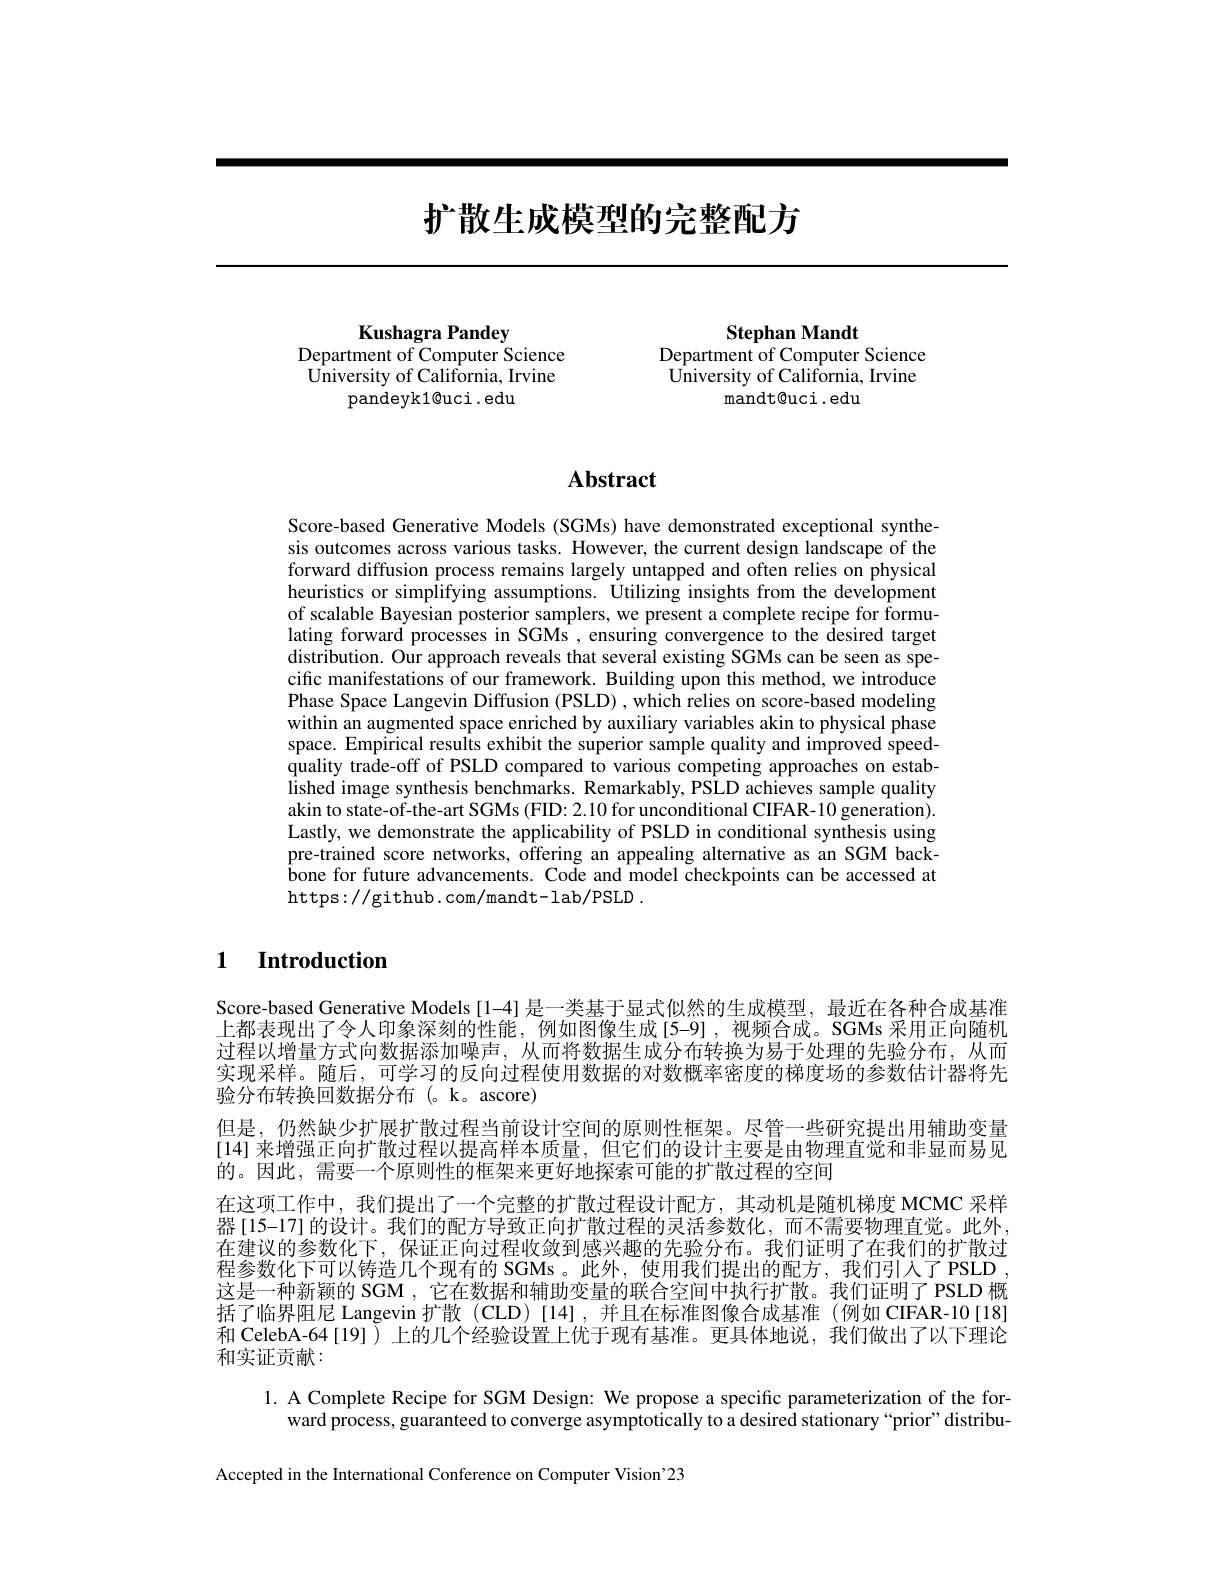
# 扩散生成模型的完整配方

Kushagra Pandey
Department of Computer Science $\hat{\text{University of California, Irvine}}$
pandeyk1@uci.edu

Stephan Mandt
Department of Computer Science $\hat{\text{University of California, Irvine}}$
mandt@uci .edu

## $\mathbf{Abstract}$

Score-based Generative Models (SGMs) have demonstrated exceptional synthesis outcomes across various tasks. However, the current design landscape of the forward diffusion process remains largely untapped and often relies on physical heuristics or simplifying assumptions. Utilizing insights from the development of scalable Bayesian posterior samplers, we present a complete recipe for formulating forward processes in SGMs , ensuring convergence to the desired target distribution. Our approach reveals that several existing SGMs can be seen as specific manifestations of our framework. Building upon this method, we introduce Phase Space Langevin Diffusion (PSLD) , which relies on score-based modeling within an augmented space enriched by auxiliary variables akin to physical phase space. Empirical results exhibit the superior sample quality and improved speed- $\hat{\text{quality trade-off of PSLD compared to various competing approaches on estab-}}$ lished image synthesis benchmarks. Remarkably, PSLD achieves sample quality akin to state-of-the-art SGMs (FID: 2.10 for unconditional CIFAR-10 generation). Lastly, we demonstrate the applicability of PSLD in conditional synthesis using pre-trained score networks, offering an appealing alternative as an SGM backbone for future advancements. Code and model checkpoints can be accessed at https://github.com/mandt-lab/PSLD~.

## 1 Introduction

Score-based Generative Models[1-4]是一类基于显式似然的生成模型，最近在各种合成基准上都表现出了令人印象深刻的性能，例如图像生成[5-9],视频合成。SGMs 采用正向随机过程以增量方式向数据添加噪声，从而将数据生成分布转换为易于处理的先验分布，从而实现采样。随后，可学习的反向过程使用数据的对数概率密度的梯度场的参数估计器将先验分布转换回数据分布(。k。ascore)
但是，仍然缺少扩展扩散过程当前设计空间的原则性框架。尽管一些研究提出用辅助变量[14] 来增强正向扩散过程以提高样本质量，但它们的设计主要是由物理直觉和非显而易见的。因此，需要一个原则性的框架来更好地探索可能的扩散过程的空间
在这项工作中，我们提出了一个完整的扩散过程设计配方，其动机是随机梯度 MCMC 采样器[15-17]的设计。我们的配方导致正向扩散过程的灵活参数化，而不需要物理直觉。此外， 在建议的参数化下，保证正向过程收敛到感兴趣的先验分布。我们证明了在我们的扩散过程参数化下可以铸造几个现有的 SGMs。此外，使用我们提出的配方，我们引人了PSLD , 这是一种新颖的 SGM , 它在数据和辅助变量的联合空间中执行扩散。我们证明了 PSLD 概括了临界阻尼 Langevin 扩散 (CLD)[14],并且在标准图像合成基准 (例如 CIFAR-10[18] 和 CelebA-64[19])上的几个经验设置上优于现有基准。更具体地说，我们做出了以下理论和实证贡献：

1. A Complete Recipe for SGM Design: We propose a specific parameterization of the for-
ward process, guaranteed to converge asymptotically to a desired stationary “prior” distribu-

Accepted in the International Conference on Computer Vision'23